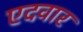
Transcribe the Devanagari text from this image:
एदवार